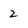
Character: 2